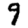
Digit: 9